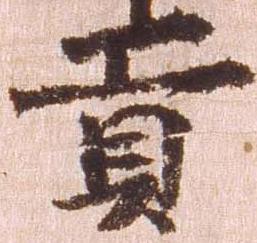
貢